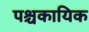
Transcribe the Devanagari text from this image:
पश्चकायिक